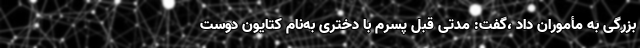
بزرگی به مأموران داد ،گفت: مدتی قبل پسرم با دختری به‌نام کتایون دوست